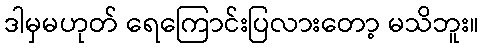
ဒါမှမဟုတ် ရေကြောင်းပြလားတော့ မသိဘူး။